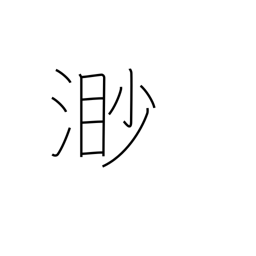
Meaning: boundless